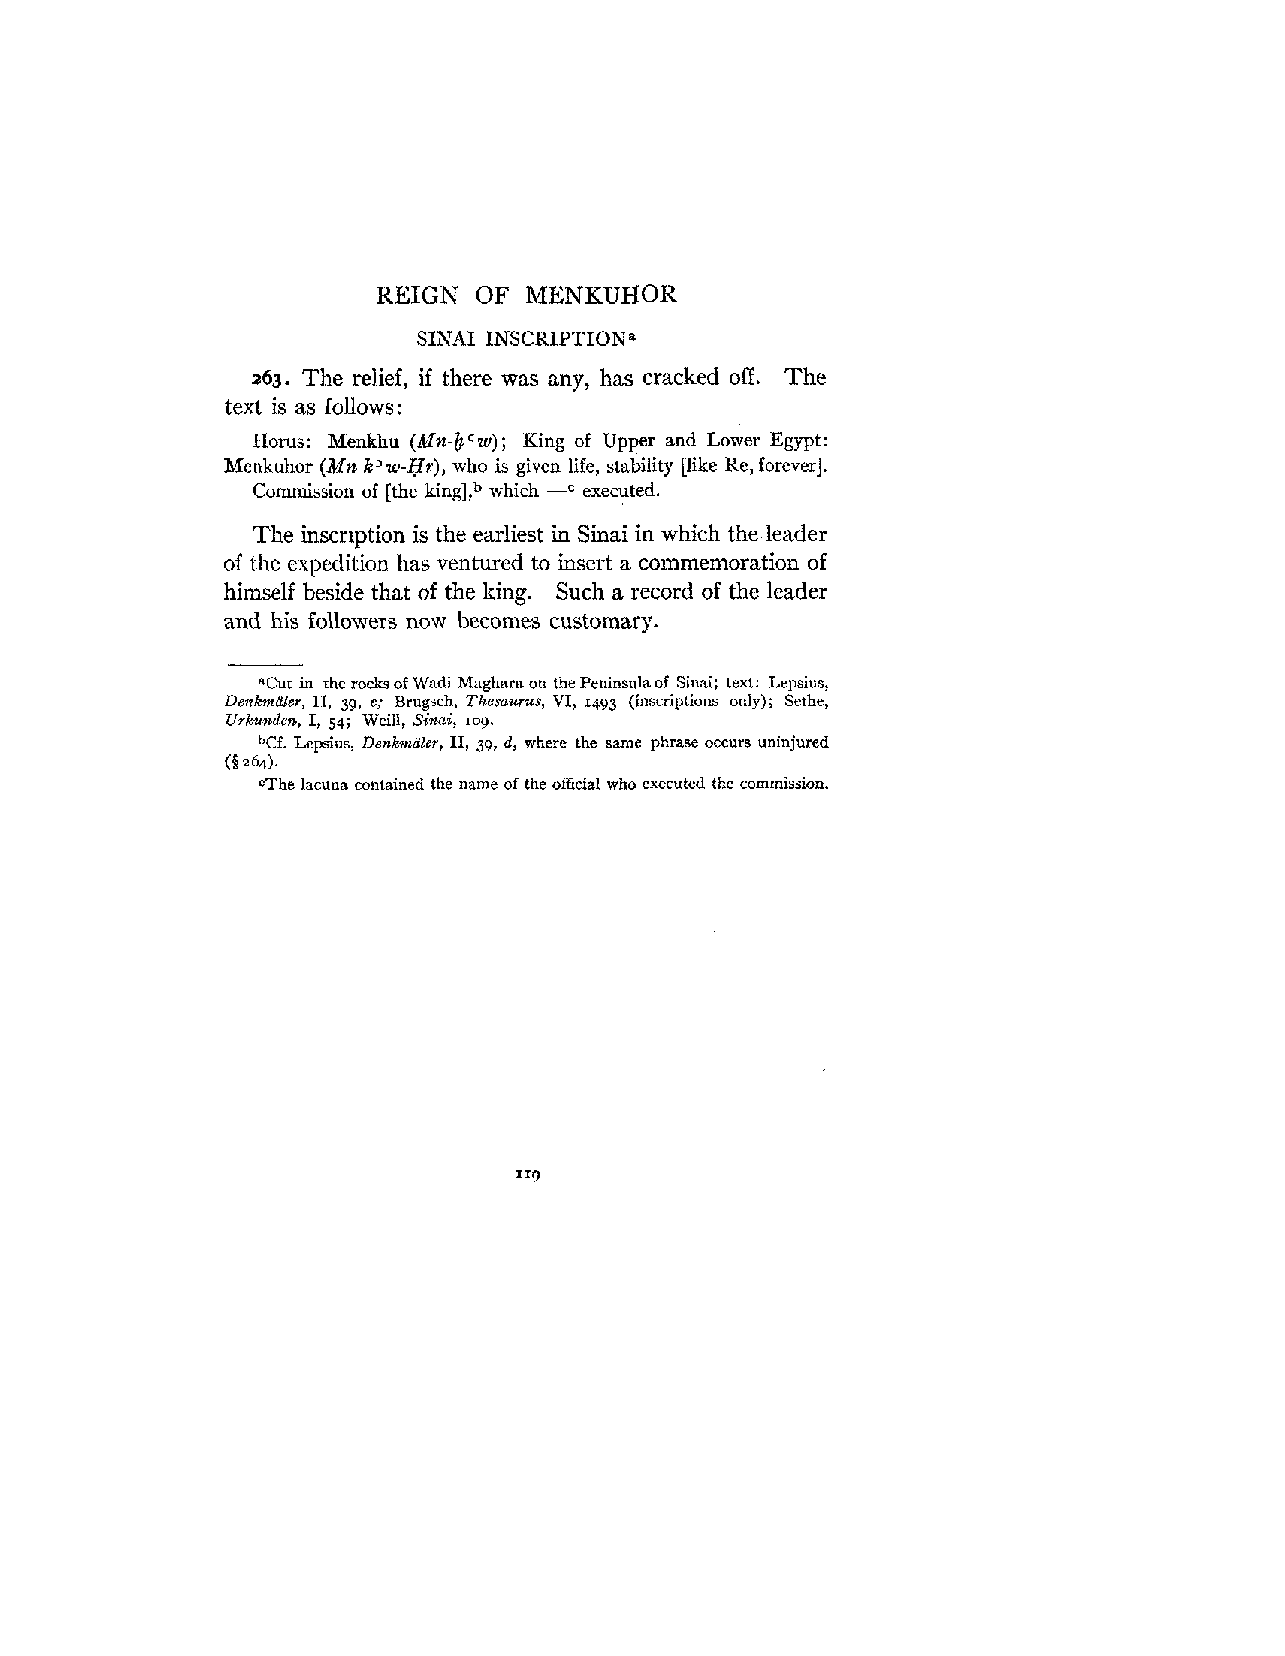
REIGN  OF MENKUHOK
 SINAI INSCRIPTION*
 263. The relief, if there was any, has cracked off. The
 text is as follows:
 Ilorus: Menkhu (Mn-bcw); King of Upper and Lower Egypt:
 lfenkuhor (Mn k'w-er), who is given life, stability [like Re, forever].
 Commission of [the king],b which executed.
 -C
 The inscription is the earliest in Sinai in which the leader
 of the expedition has ventured to insert a coinmemoration of
 himself beside that of the king. Such a record of the leader
 and his followers now becomes customary.
 "Cut in the rocks of Wadi Maghara on the Peninsulaof Sinai; text: Lepsius,
 DenkmUkr, 11, 39, e: Brugsch, Thesaurus, VI, rqy3 (inscriptions only); Sethc,
 Urkunden, I, 54; Weill, Sinai, log.
 Lepsius, Denkmiiler, 11, 39, d, where the same phrase occurs uninjured
 (5 264).
 CThe lacuna contained the name of the officisl who executed the commission.